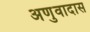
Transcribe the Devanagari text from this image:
अणुवादास